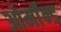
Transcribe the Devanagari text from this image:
ओर्मॉन्ड